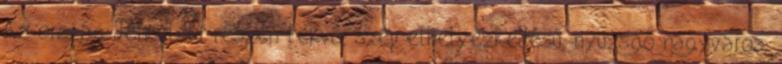
Az ország délkeleti részén fekvő, szép elhelyezkedésű, nyüzsgő nagyváros,